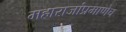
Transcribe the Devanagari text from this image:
महाराजांप्रमाणेच